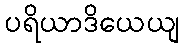
ပရိယာဒိယေယျ